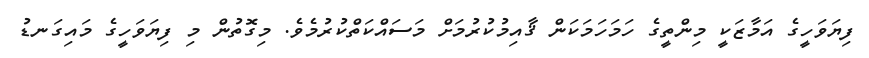
ފިޔަވަހީގެ އަމާޒަކީ މިންތީގެ ހަމަހަމަކަން ޤާއިމުކުރުމަށް މަސައްކަތްކުރުމެވެ. މިގޮތުން މި ފިޔަވަހީގެ މައިގަނޑު